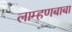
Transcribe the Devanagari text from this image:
लाम्हणबाबा